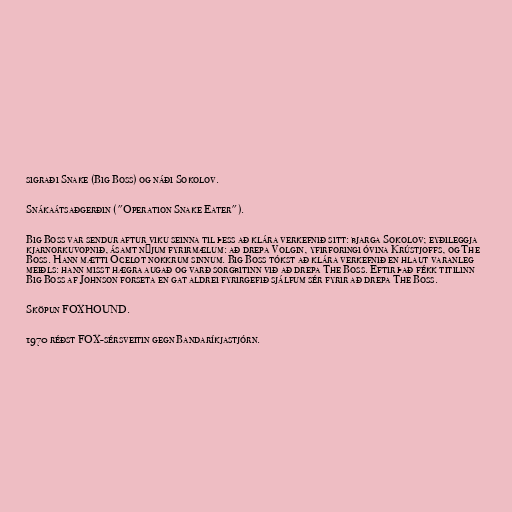
sigraði Snake (Big Boss) og náði Sokolov.

Snákaátsaðgerðin ("Operation Snake Eater").

Big Boss var sendur aftur viku seinna til þess að klára verkefnið sitt: bjarga Sokolov; eyðileggja
kjarnorkuvopnið, ásamt nýjum fyrirmælum: að drepa Volgin, yfirforingi óvina Krústjoffs, og The
Boss. Hann mætti Ocelot nokkrum sinnum. Big Boss tókst að klára verkefnið en hlaut varanleg
meiðls: hann misst hægra augað og varð sorgbitinn við að drepa The Boss. Eftir það fékk titilinn
Big Boss af Johnson forseta en gat aldrei fyrirgefið sjálfum sér fyrir að drepa The Boss.

Sköpun FOXHOUND.

1970 réðst FOX-sérsveitin gegn Bandaríkjastjórn.